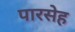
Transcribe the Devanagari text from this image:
पारसेह